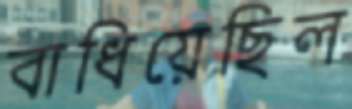
বাধিয়েছিল